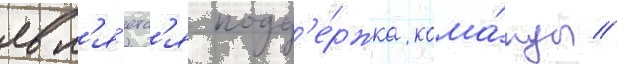
явл'я́етс'я подд'е́ржка кома́нды //